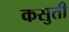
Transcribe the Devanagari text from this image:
कसुती